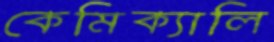
কেমিক্যালি